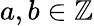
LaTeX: a,b\in\mathbb{Z}